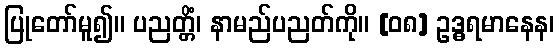
ပြုတော်မူ၍။ ပညတ္တိံ၊ နာမည်ပညတ်ကို။ [၀၈] ဥဒ္ဓရမာနေန၊